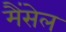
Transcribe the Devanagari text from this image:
मैंसेल